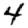
Digit: 4